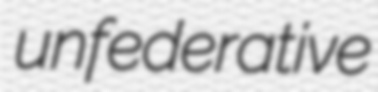
unfederative